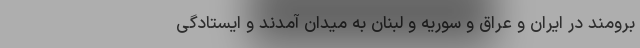
برومند در ایران و عراق و سوریه و لبنان به میدان آمدند و ایستادگی